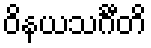
ဝိနယသင်္ဂီတိ